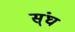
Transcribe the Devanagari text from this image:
स्ंघ